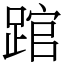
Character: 䠉